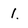
Character: 1